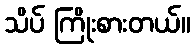
သိပ် ကြိုးစားတယ်။